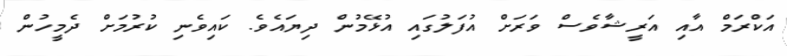
އަކްރަމް އާއި އަރީޝާވެސް ވަރަށް އުފަލުގައި އުޅޭމުން ދިޔައެވެ. ކައިވެނި ކުރުމަށް ދެމީހުން